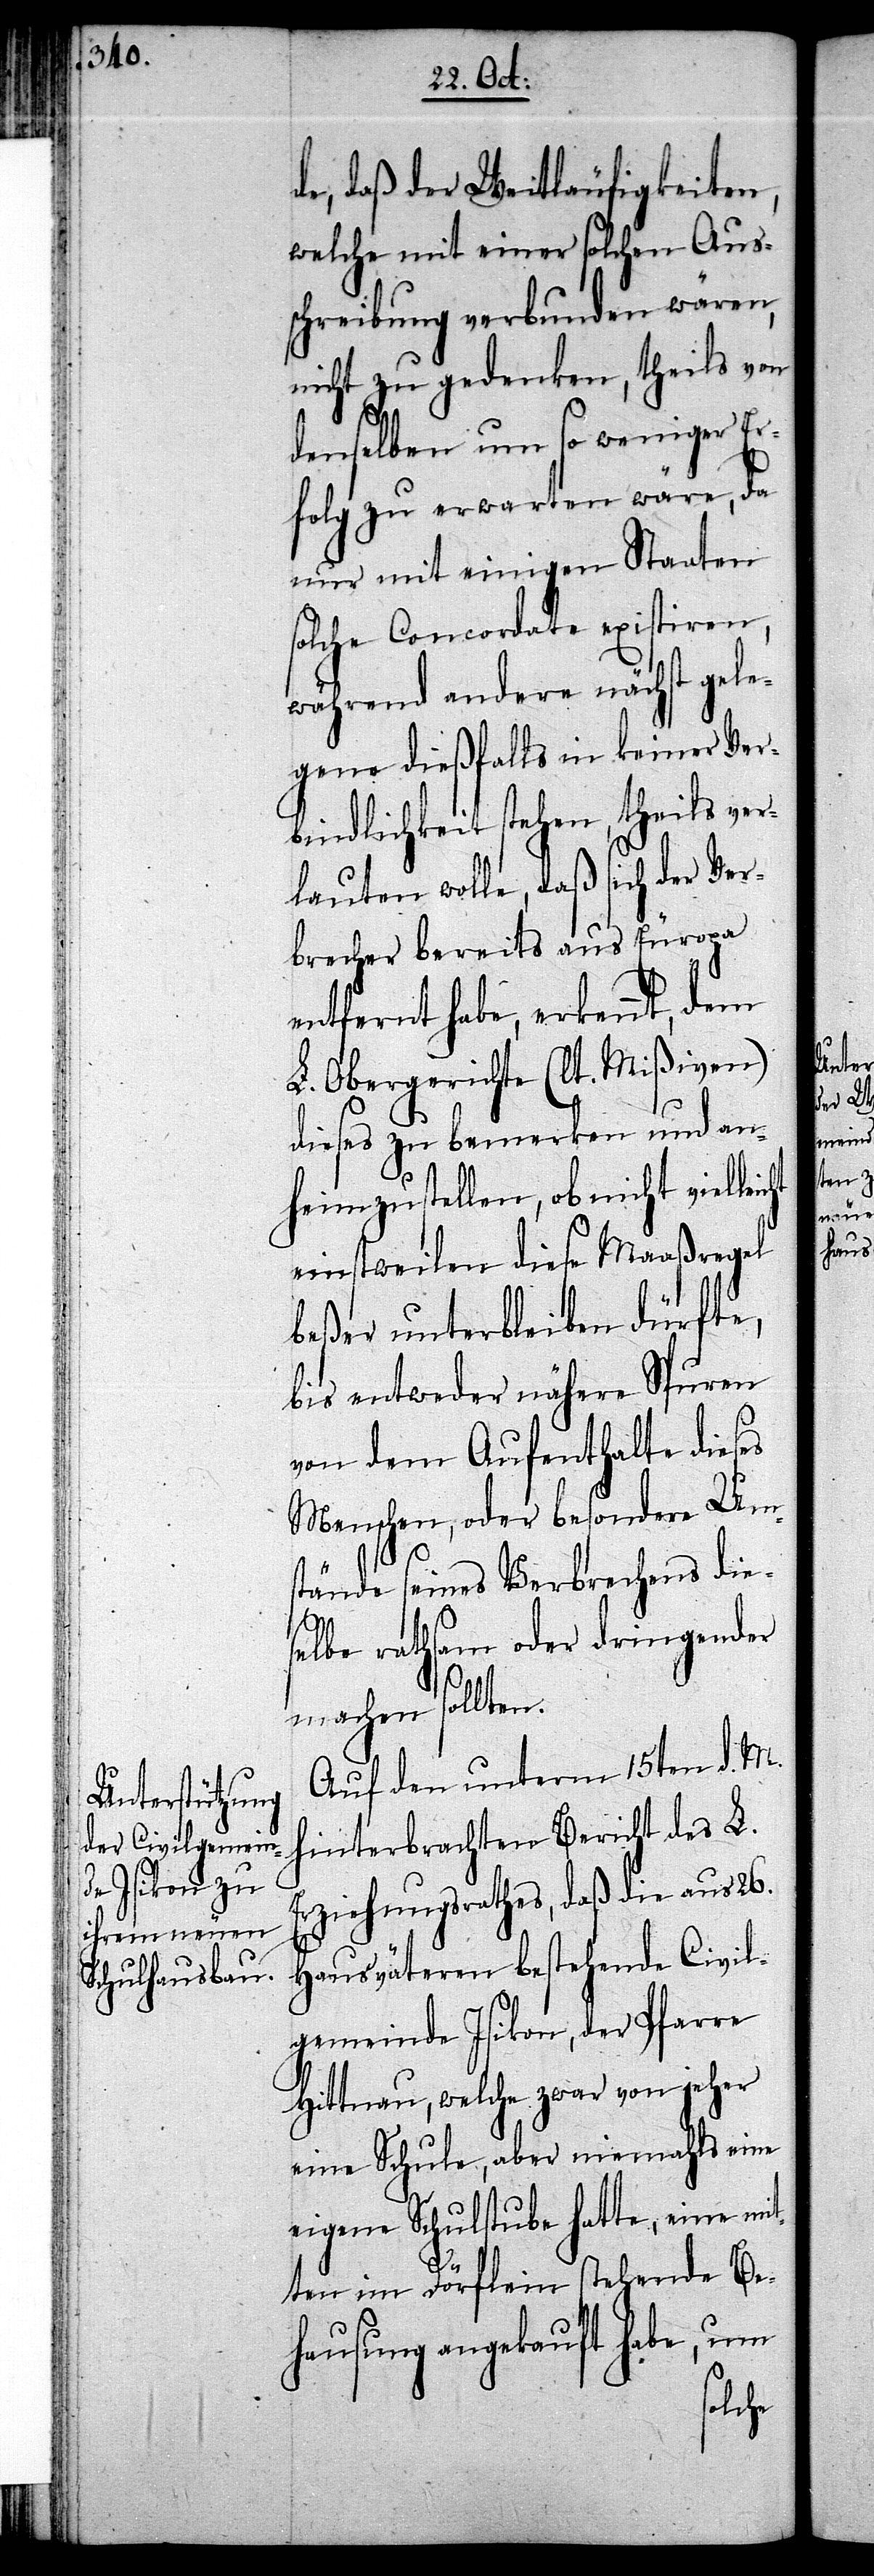
Unterstützung
der Civilgemein¬
de Isikon zu

de, daß der Weitläufigkeiten,
welche mit einer solchen Aus¬
schreibung verbunden wären,
nicht zu gedenken, theils von
denselben um so weniger Er¬
folg zu erwarten wäre, da
nur mit einigen Staaten
solche Concordate existiren,
während andere nächst gele¬
gene dießfalls in keiner Ver¬
bindlichkeit stehen, theils ver¬
lauten wolle, daß sich der Ver¬
brecher bereits aus Europa
entfernt habe, erkennt, dem
L. Obergerichte (lt. Mißiven)
dieses zu bemerken und an¬
heimzustellen, ob nicht viel¬
einstweilen diese Maaßregel
beßer unterbleiben dürfte,
bis entweder nähere Spuren
von dem Aufenthalte dieses
Menschen, oder besondere Um¬
stände seines Verbrechens die¬
160.
selbe rathsam oder dringender
machen sollten.
Auf den unterm 15ten d. M.
hinterbrachten Bericht des L.
Erziehungsrathes, daß die aus 26.
Hausväteren bestehende Civil¬
gemeinde Isikon, der Pfarre
Hittnau, welche zwar von jeher
eine Schule, aber niemahls eine
eigene Schulstube hatte, eine mit¬
ten im Dörflein stehende Be¬
hausung angekauft habe, um
welche